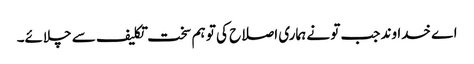
اے خدا وند جب تو نے ہماری اصلاح کی تو ہم سخت تکلیف سے چلائے۔